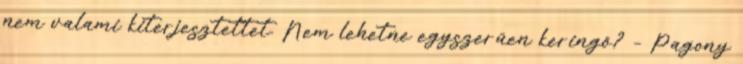
nem valami kiterjesztettet. Nem lehetne egyszerűen keringő? – Pagony